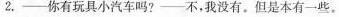
2.——你有玩具小汽车吗?——不，我没有。但是本有一些。